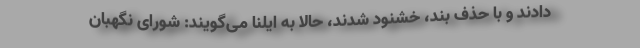
دادند و با حذف بند، خشنود شدند، حالا به ایلنا می‌گویند: شورای نگهبان